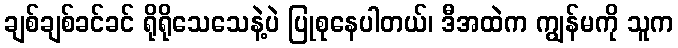
ချစ်ချစ်ခင်ခင် ရိုရိုသေသေနဲ့ပဲ ပြုစုနေပါတယ်၊ ဒီအထဲက ကျွန်မကို သူက